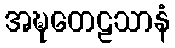
အဍ္ဎတေဠသာနံ